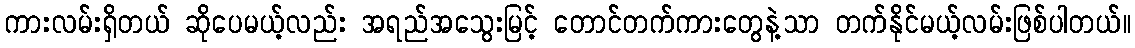
ကားလမ်းရှိတယ် ဆိုပေမယ့်လည်း အရည်အသွေးမြင့် တောင်တက်ကားတွေနဲ့သာ တက်နိုင်မယ့်လမ်းဖြစ်ပါတယ်။